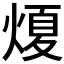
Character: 𤌤